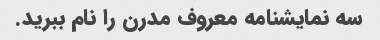
سه نمایشنامه معروف مدرن را نام ببرید.